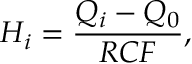
{ H _ { i } } = \frac { Q _ { i } - Q _ { 0 } } { R C F } ,